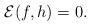
LaTeX: \begin{align*}\mathcal{E} (f, h)=0.\end{align*}